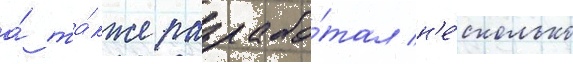
а́ та́кже разрабо́тал н'е́сколько